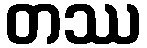
တဿ